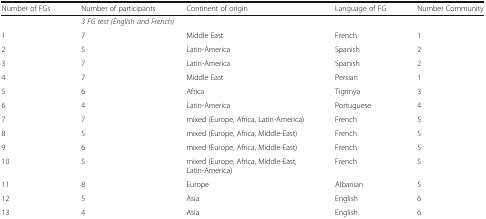
<table><thead><tr><td><b>Number of FGs</b></td><td><b>Number of participants</b></td><td><b>Continent of origin</b></td><td><b>Language of FG</b></td><td><b>Number Community</b></td></tr></thead><tbody><tr><td></td><td colspan="3"><i>3 FG test (English and French)</i></td><td></td></tr><tr><td>1</td><td>7</td><td>Middle East</td><td>French</td><td>1</td></tr><tr><td>2</td><td>5</td><td>Latin-America</td><td>Spanish</td><td>2</td></tr><tr><td>3</td><td>7</td><td>Latin-America</td><td>Spanish</td><td>2</td></tr><tr><td>4</td><td>7</td><td>Middle East</td><td>Persian</td><td>1</td></tr><tr><td>5</td><td>6</td><td>Africa</td><td>Tigrinya</td><td>3</td></tr><tr><td>6</td><td>4</td><td>Latin-America</td><td>Portuguese</td><td>4</td></tr><tr><td>7</td><td>7</td><td>mixed (Europe, Africa, Latin-America)</td><td>French</td><td>5</td></tr><tr><td>8</td><td>5</td><td>mixed (Europe, Africa, Middle-East)</td><td>French</td><td>5</td></tr><tr><td>9</td><td>6</td><td>mixed (Europe, Africa, Middle-East)</td><td>French</td><td>5</td></tr><tr><td>10</td><td>5</td><td>mixed (Europe, Africa, Middle-East, Latin-America)</td><td>French</td><td>5</td></tr><tr><td>11</td><td>8</td><td>Europe</td><td>Albanian</td><td>5</td></tr><tr><td>12</td><td>5</td><td>Asia</td><td>English</td><td>6</td></tr><tr><td>13</td><td>4</td><td>Asia</td><td>English</td><td>6</td></tr></tbody></table>